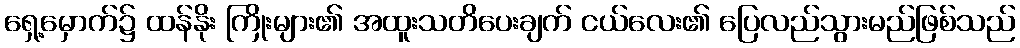
ရှေ့မှောက်၌ ထန်နိုး ကြိုးများ၏ အထူးသတိပေးချက် ငယ်လေး၏ ပြေလည်သွားမည်ဖြစ်သည်